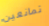
تمانعين